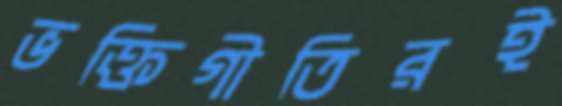
ভক্তিগীতিরই